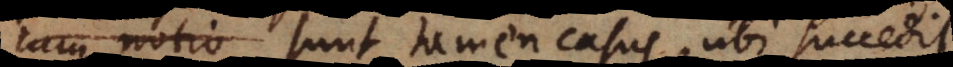
cum notio Sunt tamen casus, ubi succedit